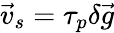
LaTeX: \vec{v}_{s}=\tau_{p}\delta\vec{g}